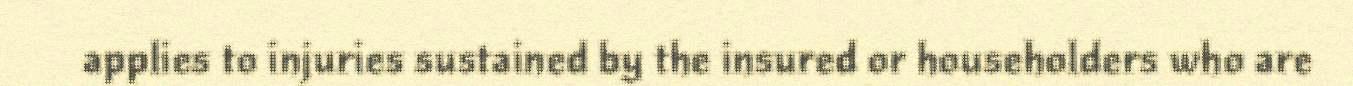
applies to injuries sustained by the insured or householders who are